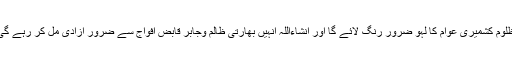
مظلوم کشمیری عوام کا لہو ضرور رنگ لائے گا اور انشاءاللہ انہیں بھارتی ظالم وجابر قابض افواج سے ضرور آزادی مل کر رہے گی ۔